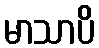
မာသာပိ